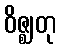
ဝိဇ္ဈတု